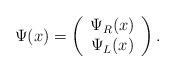
LaTeX: \begin{align*}\Psi(x) = \left( \begin{array}{c} \Psi_{R}(x) \\ \Psi_{L}(x) \end{array} \right).\end{align*}